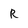
Character: R